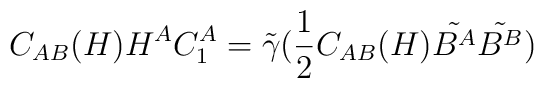
C_{AB}(H) H^A C^A_1 = \tilde{\gamma} (\frac{1}{2}C_{AB}(H)\tilde{B^A} \tilde{B^B})